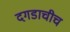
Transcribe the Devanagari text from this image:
दगडाचीच